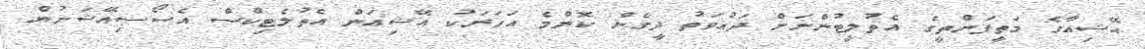
އޭޝިއާގެ މަތީފަންތީގެ އެތުލީޓުންނަށް ދައުވަތު ދީގެން ކޮންމެ އަހަރަކު އޭޝިއަން އެތުލެޓިކްސް އެސޯސިއޭޝަނުން